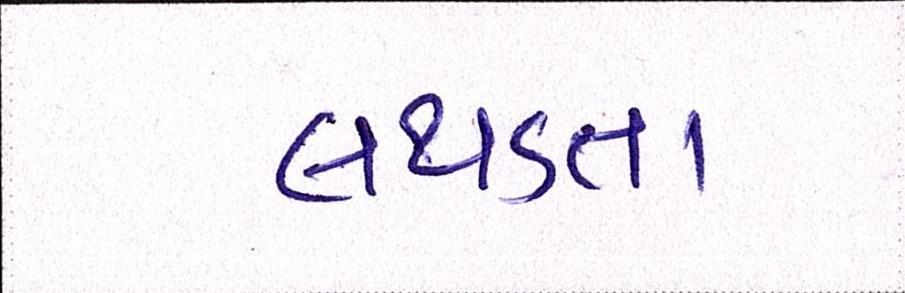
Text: લથડતા